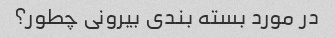
در مورد بسته بندی بیرونی چطور؟